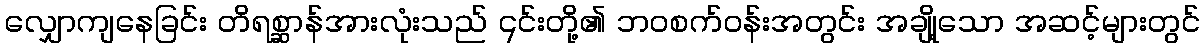
လျှောကျနေခြင်း တိရစ္ဆာန်အားလုံးသည် ၎င်းတို့၏ ဘဝစက်ဝန်းအတွင်း အချို့သော အဆင့်များတွင်